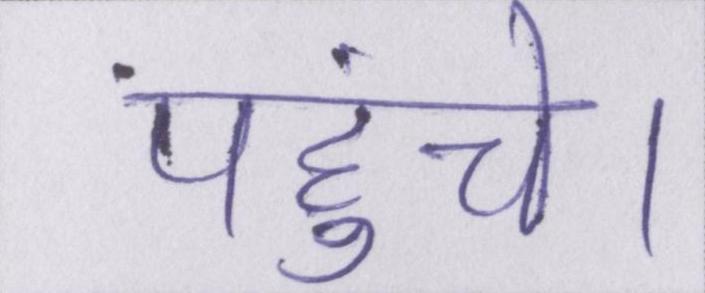
पहुंचे।